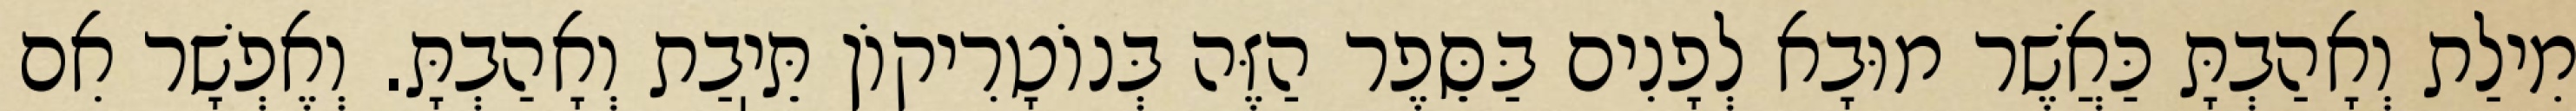
מִילַת וְאָהַבְתָּ כַּאֲשֶׁר מוּבָא לְפָנִים בַּסֵּפֶר הַזֶּה בְּנוֹטָרִיקוֹן תֵּיֽבַת וְאָהַבְתָּ. וְאֶפְשָׁר אִם